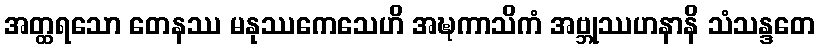
အတ္ထရသော တေနဿ မနုဿကေသေဟိ အဍ္ဎကာသိကံ အဗ္ဘုဿဟနာနိ သံသန္ဒတေ